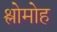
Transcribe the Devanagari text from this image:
श्लोमोह